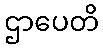
ဌာပေတိ